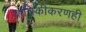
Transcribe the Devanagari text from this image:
यांत्रिकीकरणही